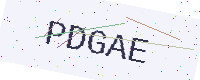
Text: PDGAE